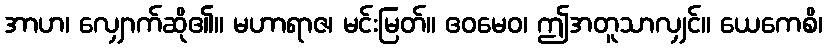
အာဟ၊ လျှောက်ဆို၏။ မဟာရာဇ၊ မင်းမြတ်။ ဧဝမေဝ၊ ဤအတူသာလျှင်။ ယေကေစိ၊